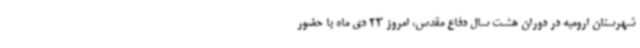
شهرستان ارومیه در دوران هشت سال دفاع مقدس، امروز 23 دی ماه با حضور